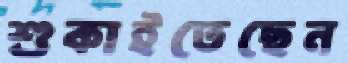
শুকাইতেছেন